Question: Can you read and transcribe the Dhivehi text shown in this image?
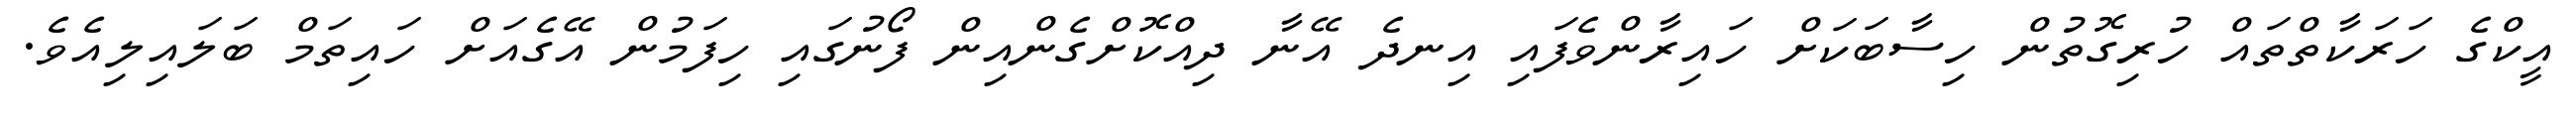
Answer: އީކްގެ ހަރަކާތްތައް ހުރިގޮތުން ހިސާބަކަށް ހައިރާންވެފައި އިނދެ އޭނާ ދިއްކޮށްގެންއިން ފޯނުގައި ހިފަމުން އޭގެއަށް ހައިތަމް ބަލައިލިއެވެ.